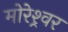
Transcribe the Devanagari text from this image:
मोरेश्र्वर